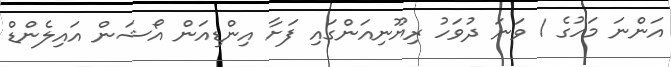
އަންނަ މަހުގެ 1 ވަނަ ދުވަހު ރިޔޫނިއަންގައި ފަށާ އިންޑިއަން އޯޝަން އައިލެންޑް